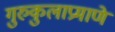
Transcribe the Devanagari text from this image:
गुरुकुलाप्रमाणे